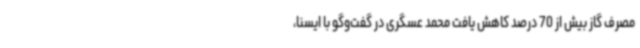
مصرف گاز بیش از 70 درصد کاهش یافت محمد عسگری در گفت‌وگو با ایسنا،